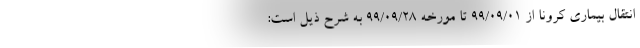
انتقال بیماری کرونا از ۹۹/۰۹/۰۱ تا مورخه ۹۹/۰۹/۲۸ به شرح ذیل است: